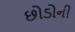
છોડોની